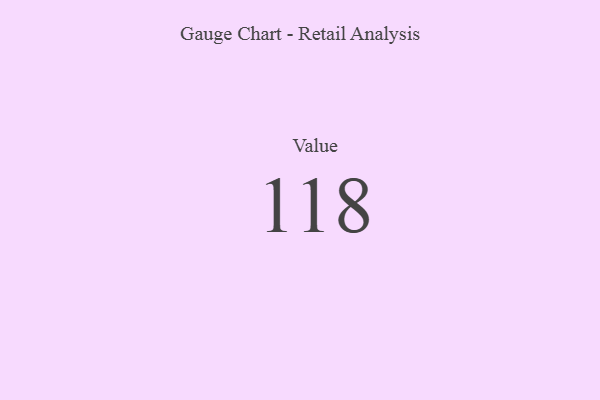
{"axis": {"x": "Metric", "y": "Value"}, "legend": [""], "data": [{"x": "Value", "y": 118, "type": ""}]}